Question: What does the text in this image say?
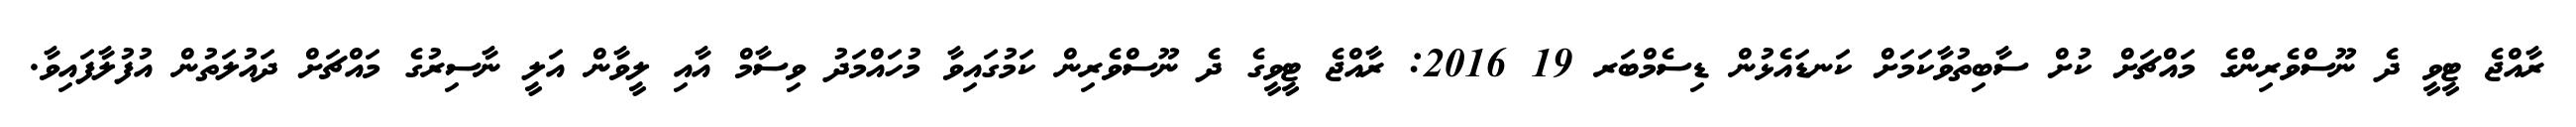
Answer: ރާއްޖެ ޓީވީ ދެ ނޫސްވެރިންގެ މައްޗަށް ކުށް ސާބިތުވާކަމަށް ކަނޑައެޅުން ޑިސެމްބަރ 19 2016: ރާއްޖެ ޓީވީގެ ދެ ނޫސްވެރިން ކަމުގައިވާ މުހައްމަދު ވިސާމް އާއި ލީވާން އަލީ ނާސިރުގެ މައްޗަށް ދައުލަތުން އުފުލާފައިވާ.